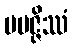
ပမဇ္ဇိဿံ